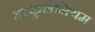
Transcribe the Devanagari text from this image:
हरकुलेनियम